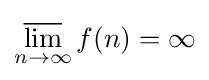
\varlimsup _{n\rightarrow \infty }f(n)=\infty